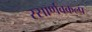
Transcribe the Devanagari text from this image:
रसार्णवकल्प